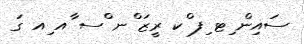
ސައިން ިޓ ިފ ްކ ރީޒަ ްނ ްސ ާއ ިއ ގަ